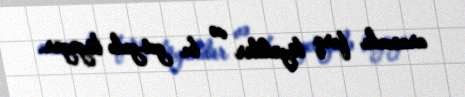
arasında fərq böyükdür və bu get-gedə böyüyür.